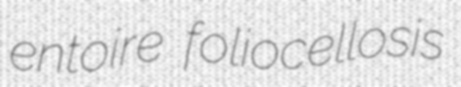
entoire foliocellosis